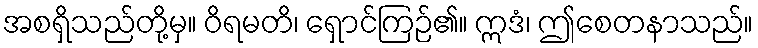
အစရှိသည်တို့မှ။ ဝိရမတိ၊ ရှောင်ကြဉ်၏။ ဣဒံ၊ ဤစေတနာသည်။